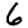
Digit: 6